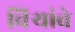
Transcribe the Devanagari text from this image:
चिर्‍यांचे